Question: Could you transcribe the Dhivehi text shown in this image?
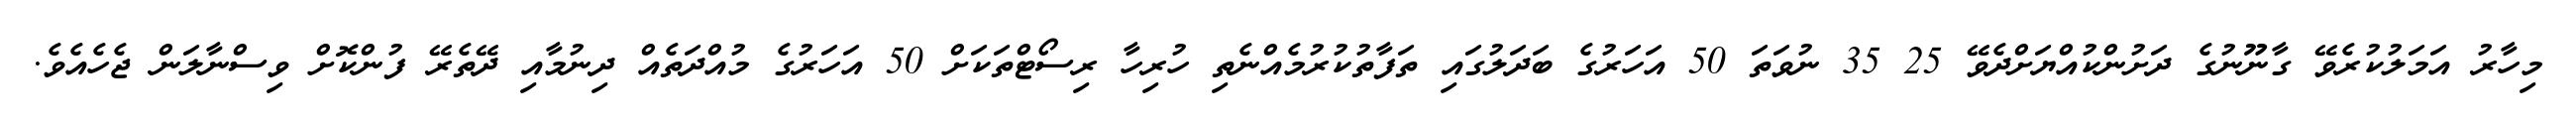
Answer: މިހާރު އަމަލުކުރެވޭ ގާނޫނުގެ ދަށުންކުއްޔަށްދެވޭ 25 35 ނުވަތަ 50 އަހަރުގެ ބަދަލުގައި ތަފާތުކުރުމެއްނެތި ހުރިހާ ރިސޯޓްތަކަށް 50 އަހަރުގެ މުއްދަތެއް ދިނުމާއި ދޭތެރޭ ފުންކޮށް ވިސްނާލަން ޖެހެއެވެ.